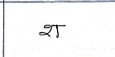
मजकूर: श